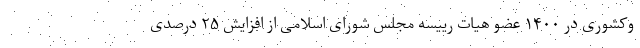
وکشوری در ۱۴۰۰ عضو هیات رییسه مجلس شورای اسلامی از افزایش ۲۵ درصدی